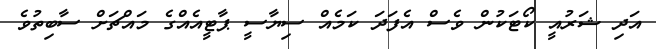
އަދި ޝަރުއީ ކޯޓަކުން ވެސް އެފަދަ ކަމެއް ސިޔާސީ ޕާޓީއެއްގެ މައްޗަށް ސާބިތުވެ